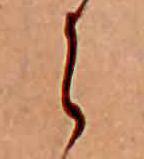
ら